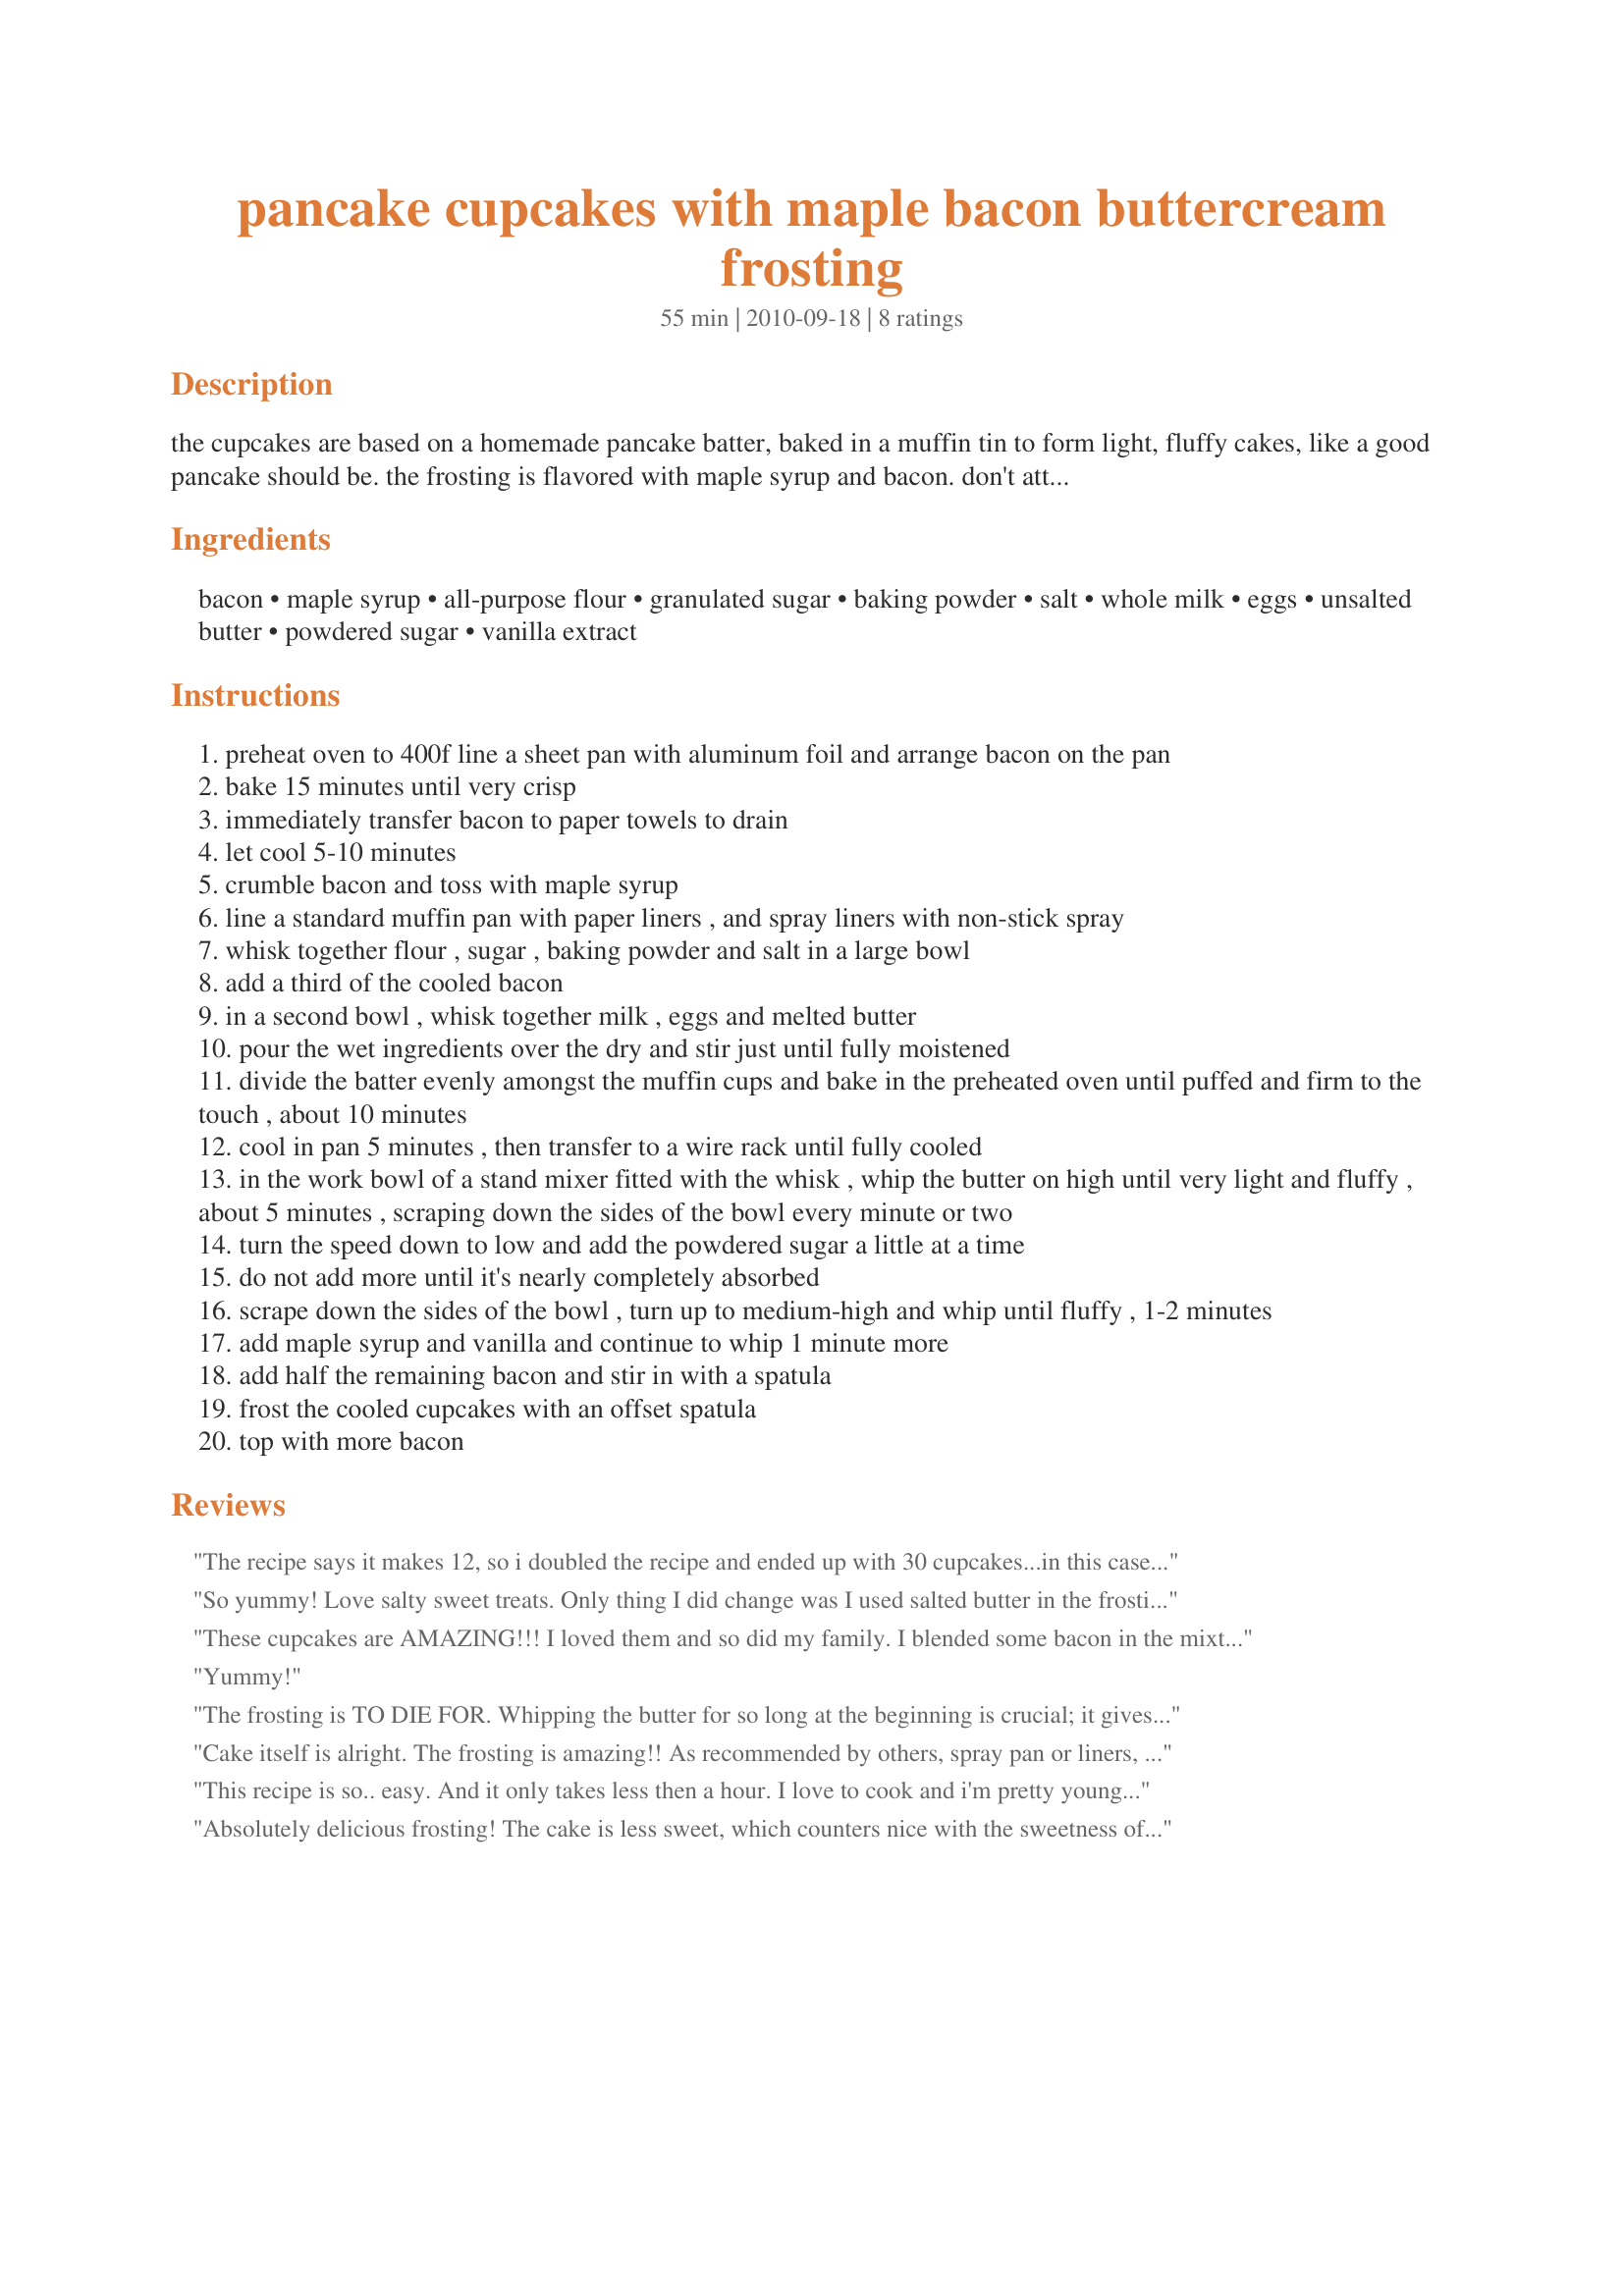
pancake cupcakes with maple bacon buttercream frosting
Preparation time: 55 minutes

the cupcakes are based on a homemade pancake batter, baked in a muffin tin to form light, fluffy cakes, like a good pancake should be. the frosting is flavored with maple syrup and bacon. don't attempt to pipe this frosting; the bacon will get stuck in the tip. adapted from a recipe at brown-eyed baker. http://bit.ly/clnrii

Ingredients:
bacon, maple syrup, all-purpose flour, granulated sugar, baking powder, salt, whole milk, eggs, unsalted butter, powdered sugar, vanilla extract

Steps:
preheat oven to 400f line a sheet pan with aluminum foil and arrange bacon on the pan
bake 15 minutes until very crisp
immediately transfer bacon to paper towels to drain
let cool 5-10 minutes
crumble bacon and toss with maple syrup
line a standard muffin pan with paper liners , and spray liners with non-stick spray
whisk together flour , sugar , baking powder and salt in a large bowl
add a third of the cooled bacon
in a second bowl , whisk together milk , eggs and melted butter
pour the wet ingredients over the dry and stir just until fully moistened
divide the batter evenly amongst the muffin cups and bake in the preheated oven until puffed and firm to the touch , about 10 minutes
cool in pan 5 minutes , then transfer to a wire rack until fully cooled
in the work bowl of a stand mixer fitted with the whisk , whip the butter on high until very light and fluffy , about 5 minutes , scraping down the sides of the bowl every minute or two
turn the speed down to low and add the powdered sugar a little at a time
do not add more until it's nearly completely absorbed
scrape down the sides of the bowl , turn up to medium-high and whip until fluffy , 1-2 minutes
add maple syrup and vanilla and continue to whip 1 minute more
add half the remaining bacon and stir in with a spatula
frost the cooled cupcakes with an offset spatula
top with more bacon

Reviews:
The recipe says it makes 12, so i doubled the recipe and ended up with 30 cupcakes...in this case more is definitely better! I love to cook and try new recipes and this one is a winner and a keeper! I will have to change very little, mainly the cooking method, the cupcakes stick in the muffin papers even though I sprayed them with cooking spray. Next time will skip the papers and just spray the tin. <br/><br/>I also doubled the buttercream recipe, which is completely un-necessary because the recipe as written will more than cover the cupcakes, luckily I make a lot of cupcakes and can find something to use the extra buttercream on.
So yummy! Love salty sweet treats. Only thing I did change was I used salted butter in the frosting because I didnt happen to have unsalted on hand. I also didnt incorporate the bacon into the frosting. Just used it as garnish instead. It was still amazing.
These cupcakes are AMAZING!!! I loved them and so did my family. I blended some bacon in the mixture as well as used some for garnish. I also used high quality maple syrup for drizzle. I think those little things made a huge difference in taste and quality. Use good bacon ;)
Yummy!
The frosting is TO DIE FOR. Whipping the butter for so long at the beginning is crucial; it gives the frosting an amazing texture. <br/><br/>However, I believe the recipe needs quite a bit more bacon. I used a full pound, and easily could have used more. I also used buttermilk instead of regular milk. <br/><br/>The cupcakes themselves turned out just a bit too chewy, but I think that's my fault for overbaking by a minute or so. I didn't matter, because one bite with that frosting and all was right with the world. <br/><br/>Definitely a keeper!
Cake itself is alright. The frosting is amazing!! As recommended by others, spray pan or liners, because the cake sticks a lot. I made it without the bacon and it tastes just like pancakes. I totally suggest trying this.
This recipe is so.. easy. And it only takes less then a hour. I love to cook and i'm pretty young but that doesn't mean anything.
Absolutely delicious frosting! The cake is less sweet, which counters nice with the sweetness of the bacon icing. The cake stuck to the paper, so I highly recommend spraying them liner before placing the batter in.
